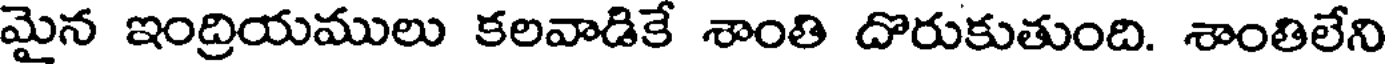
మైన ఇంద్రియములు కలవాడికే శాంతి దొరుకుతుంది. శాంతిలేని